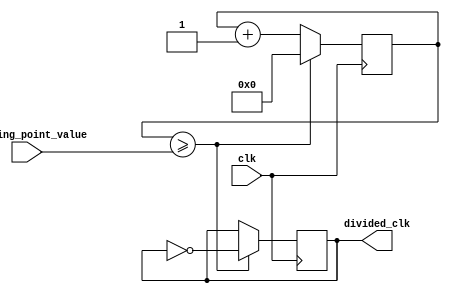
module floating_point_clock_divider (
  input wire clk,
  input wire [31:0] floating_point_value,
  output reg divided_clk
);

  reg [31:0] counter = 0;

  always @ (posedge clk) begin
    if (counter >= floating_point_value) begin
      divided_clk <= ~divided_clk;
      counter <= 0;
    end else begin
      counter <= counter + 1;
    end
  end

endmodule